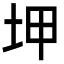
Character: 𡊠